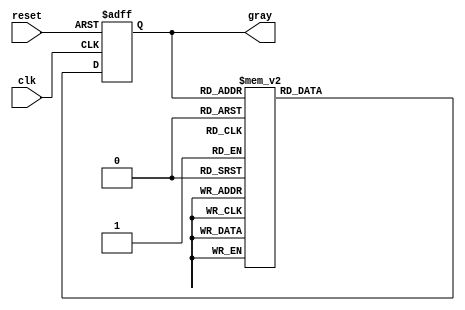
module gray_code(clk,reset,gray);

parameter s0=3'b000,s1=3'b001,s2=3'b011,s3=3'b010,s4=3'b110,
				s5=3'b111,s6=3'b101,s7=3'b100;
				
input clk,reset;
output [2:0] gray;
reg [2:0] state,nextstate;

always @ (posedge clk,posedge reset) begin
	if(reset)
		state<=s0;
	else
		state<=nextstate;
end

always@(*) begin
	case(state)
		s0:	nextstate<=s1;
		s1:	nextstate<=s2;
		s2:	nextstate<=s3;
		s3:	nextstate<=s4;
		s4:	nextstate<=s5;
		s5:	nextstate<=s6;
		s6:	nextstate<=s7;
		s7:	nextstate<=s0;
		default:nextstate<=s0;
	endcase
end

assign gray = state;

endmodule